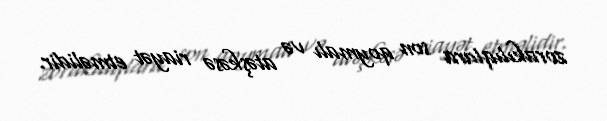
zorakılıqlara son qoymalı və atəşkəsə riayət etməlidir.